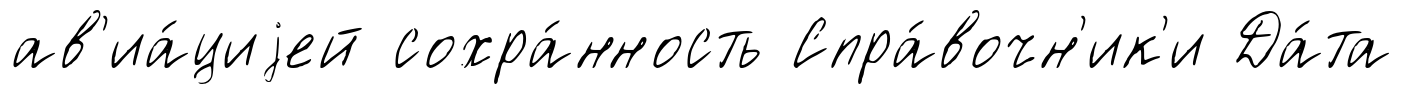
ав'иа́циjей сохра́нность Спра́вочн'ик'и Да́та